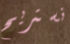
نستريح